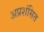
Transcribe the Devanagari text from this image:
अप्रशंसित